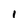
Character: l